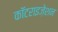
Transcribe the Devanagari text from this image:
कॉटराइज़ेशन